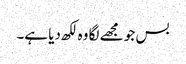
بس جو مجھے لگا وہ لکھ دیا ہے۔